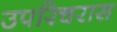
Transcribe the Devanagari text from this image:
उपरिचरास